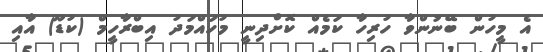
އެ މީހުން ބޭނުންވާ ހުރިހާ ކަމެއް ކޮށްދިނީ މުހައްމަދު އިބްރާހީމް (ކުޑޫ) އާއި